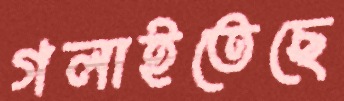
গলাইতেছে